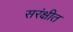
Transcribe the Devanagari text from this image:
सरंक्षीत